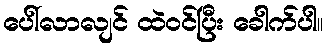
ပေါ်လာလျင် ထဲဝင်ပြီး ခေါက်ပါ။